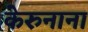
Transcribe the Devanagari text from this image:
केरुनाना